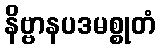
နိဗ္ဗာနပဒမစ္စုတံ